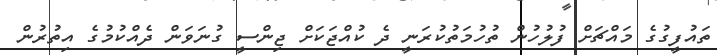
ތައުފީގުގެ މައްޗަށް ފުލުހުން ތުހުމަތުކުރަނީ ދެ ކުއްޖަކަށް ޖިންސީ ގުނަވަން ދެއްކުމުގެ އިތުރުން